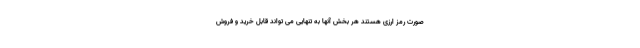
صورت رمز ارزی هستند هر بخش آنها به تنهایی می تواند قابل خرید و فروش